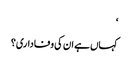
‘
کہاں ہے ان کی وفاداری؟